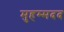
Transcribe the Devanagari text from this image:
मुहम्मदद